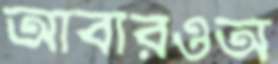
আবারওঅ